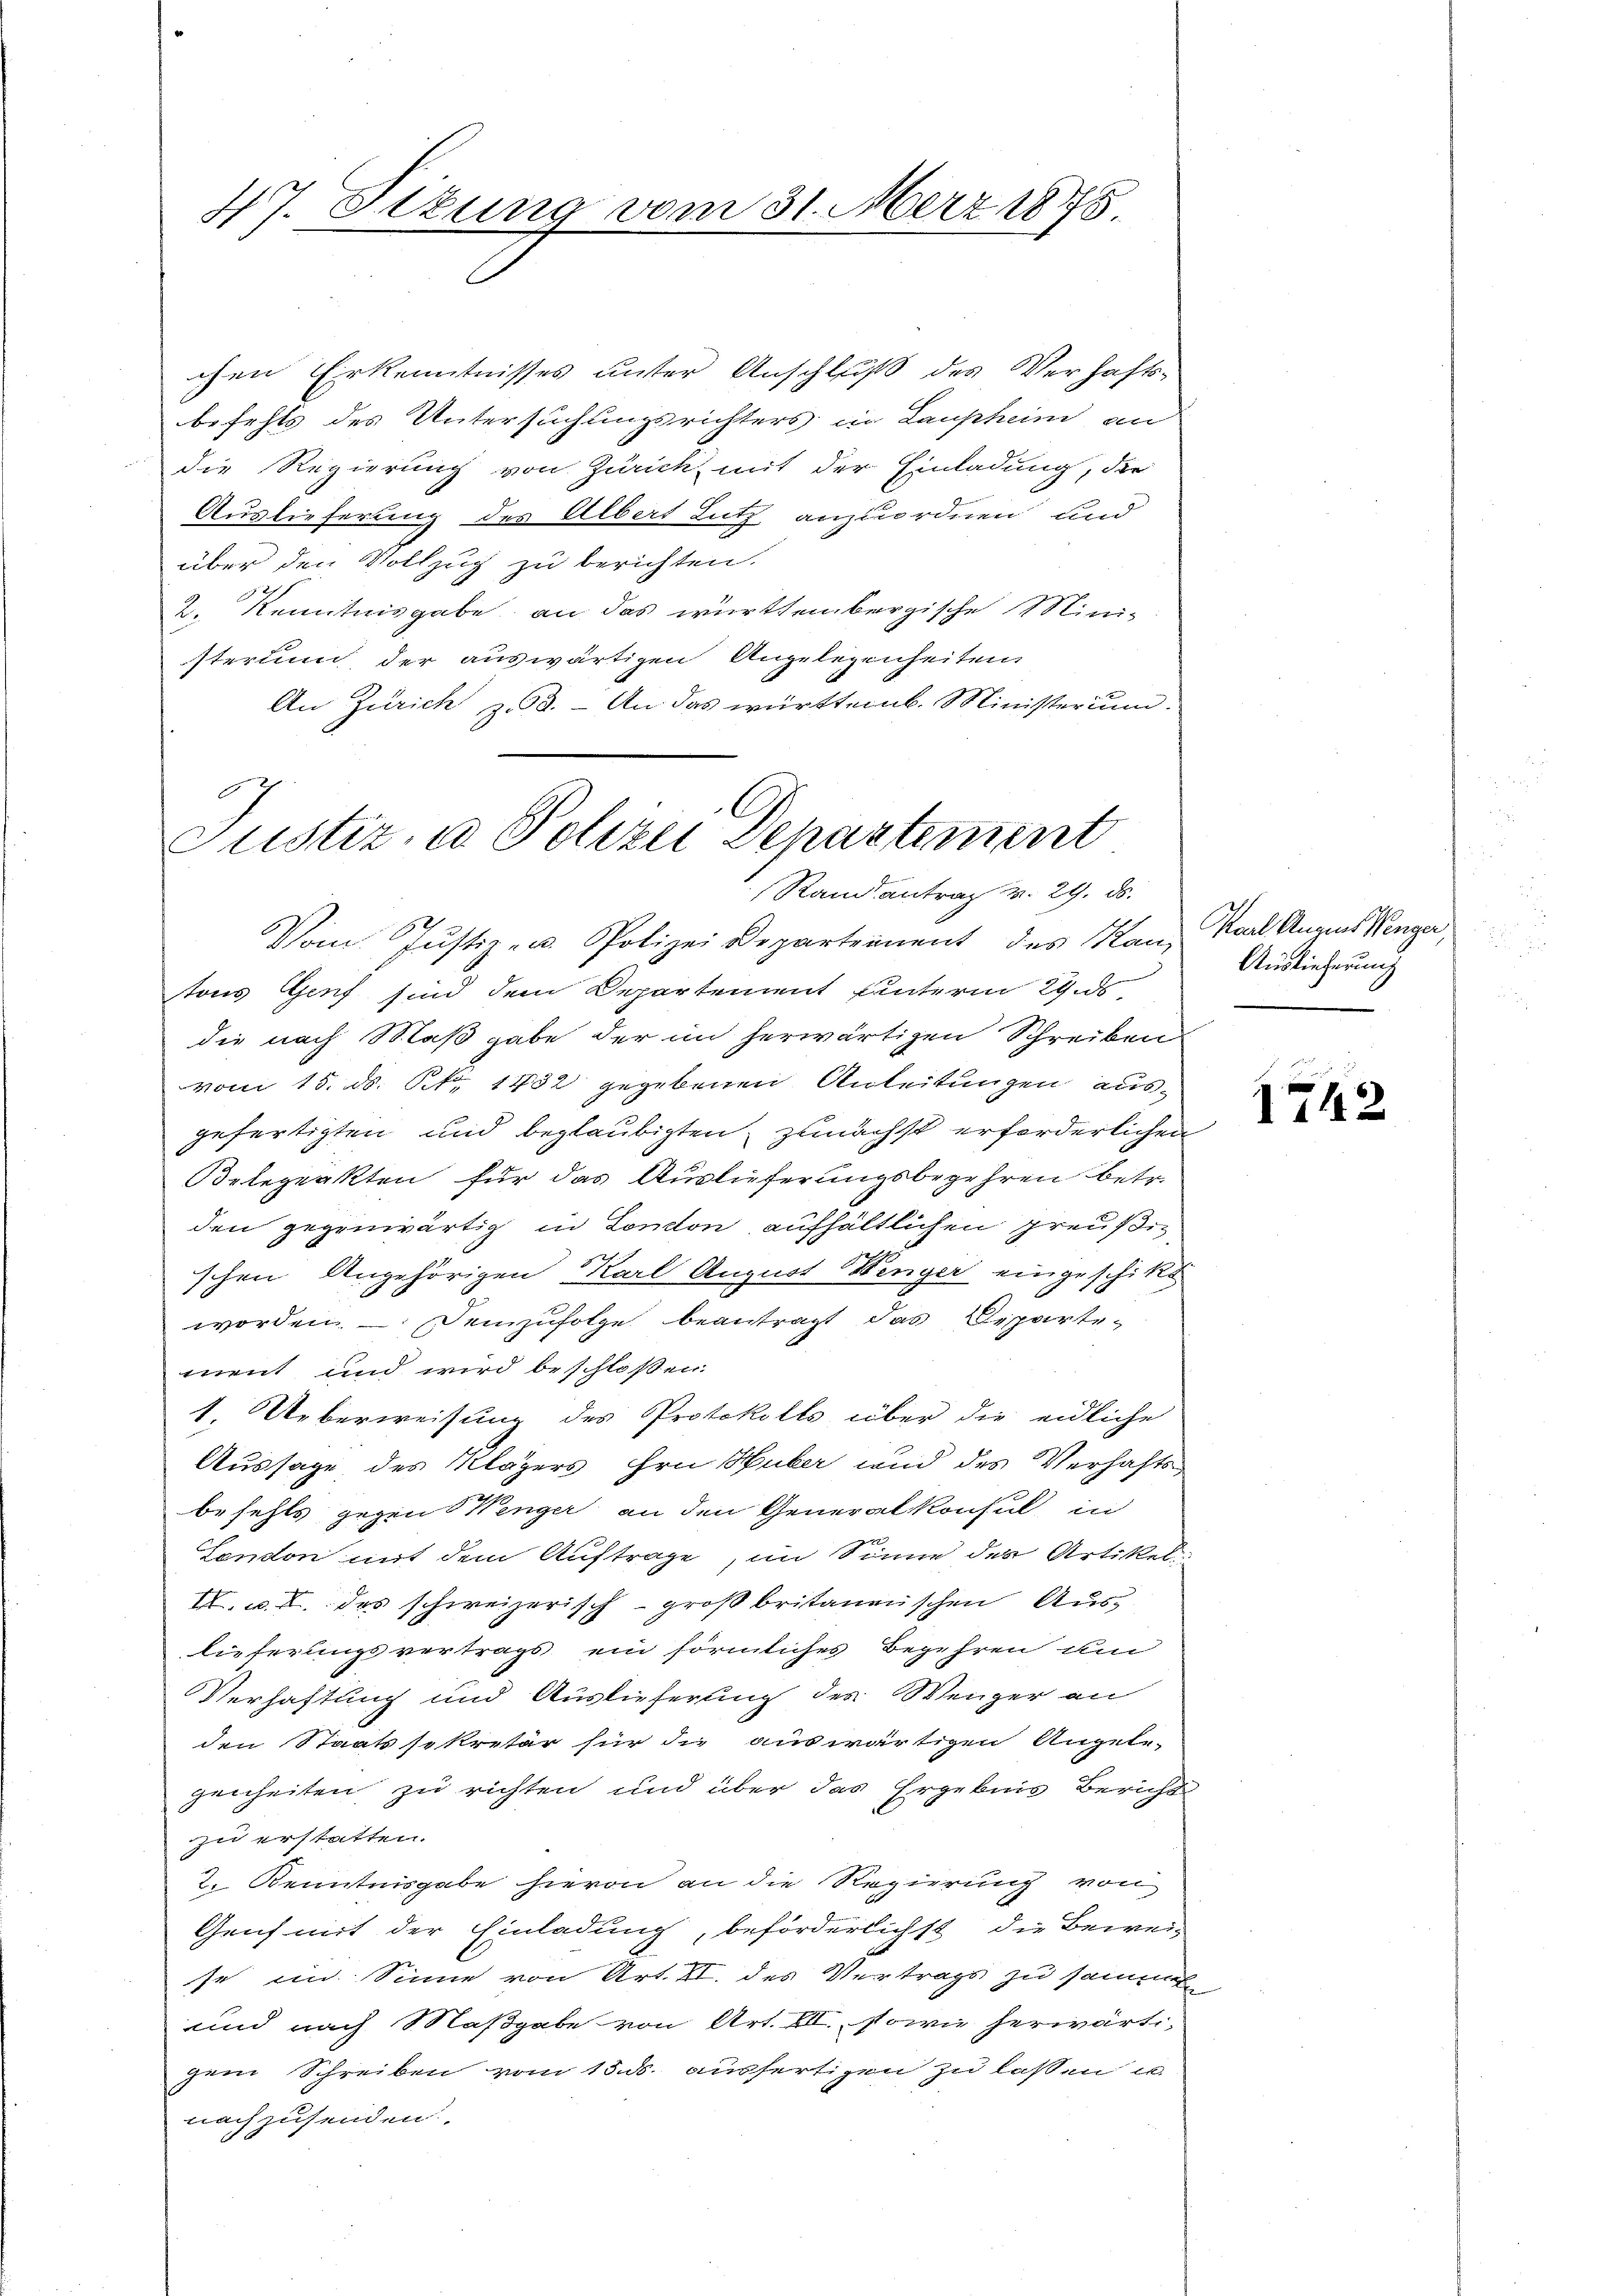
47. Sizung vom 31. Merz 1875

chen Erkenntnisses unter Anschluß des Verhaftsbefehls des Untersuchungsrichters in Laupheim an
die Regierung von Zurick, mit der Einladung, der
Auslieferung des Albert Lutz anzuordnen und
über den Vollzug zu berichten.
2. Kenntnisgabe an das württembergische Ministerium, der auswärtigen Angelegenheiten
An Zürich zu 3. An das württemb. Ministerium
Vom Justiz- u. Polizei Departement des Kann Saal Augens Verger,
tons Genf sind dem Departement unterm 29. d
die nach Maßgabe der im herwärtigen Schreiben
vom 15. ds. Nr. 1432 gegebenen Anleitungen ausgefertigten und beglaubigten, zunächst erforderlichen
Belegeakten für das Auslieferungsbegehren betr.
den gegenwärtig in London aufhältlichen preußig,
schen Angehörigen Karl August Wenger eingeschikt
worden. – Demzufolge beantragt, das Departemnent und wird beschloßen.
1. Ueberweisung des Protokolls über die eidliche
Aussage des Klägers ihre Huber und des Verhaftsbefehls gegen Wenger an den Generalkonsul in
Condon mit dem Auftrage, im Sinne des Artikel
A. u. I. das schweizerisch-großbritanenschen Auslieferungsvertrags ein förmliches Begehren um
Verhaftung und Auslieferung des Wenger an
den Staatssekretär für die auswärtigen Angele-
genheiten zu richten und über das Ergebnis Berichts
zu erstatten.
2. Kenntnisgabe hievon an die Regierung von
Genf mit der Einladung, beförderlichst die Bewei-
se im Sinne von Art. VI. des Vertrags zu sammen
und nach Maßgabe von Art. XII., sowie herwärtigem Schreiben vom 15. ds. ausfertigen zu lassen u
nachzusenden.

0
Justiz, u. Polizei Departement
Rand antrag v. 29. ds.

Auslieferung

1742